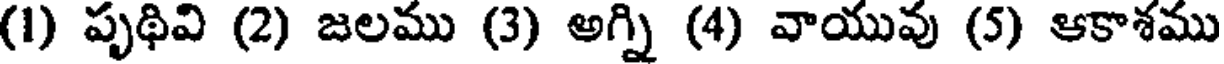
(1) పృథివి (2) జలము (3) అగ్ని (4) వాయువు (5) ఆకాశము